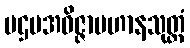
ပဌမအဝိဇ္ဇာပဟာနသုတ္တံ